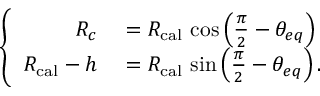
\left\{ \begin{array} { r l } { R _ { c } } & { { } = R _ { \mathrm { c a l } } \, \cos \left( \frac { \pi } { 2 } - \theta _ { e q } \right) } \\ { R _ { \mathrm { c a l } } - h } & { { } = R _ { \mathrm { c a l } } \, \sin \left( \frac { \pi } { 2 } - \theta _ { e q } \right) . } \end{array} \right.